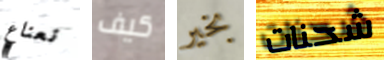
نعناع كيف بخير شحنات